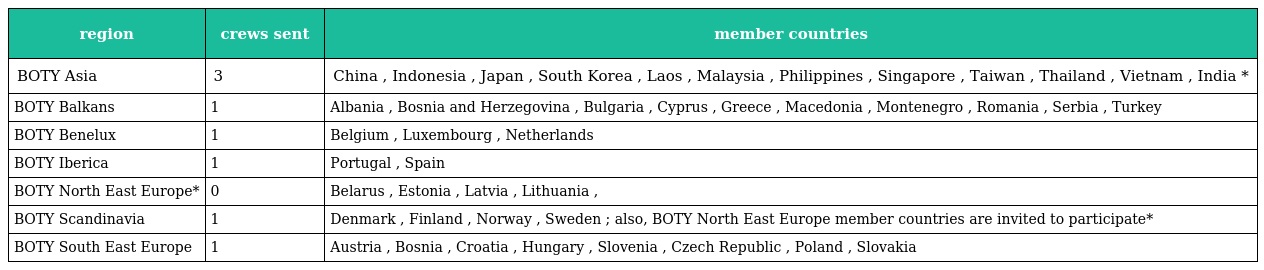
| region | crews sent | member countries |
 | --- | --- | --- |
 | BOTY Asia | 3 | China , Indonesia , Japan , South Korea , Laos , Malaysia , Philippines , Singapore , Taiwan , Thailand , Vietnam , India * |
 | BOTY Balkans | 1 | Albania , Bosnia and Herzegovina , Bulgaria , Cyprus , Greece , Macedonia , Montenegro , Romania , Serbia , Turkey |
 | BOTY Benelux | 1 | Belgium , Luxembourg , Netherlands |
 | BOTY Iberica | 1 | Portugal , Spain |
 | BOTY North East Europe* | 0 | Belarus , Estonia , Latvia , Lithuania , |
 | BOTY Scandinavia | 1 | Denmark , Finland , Norway , Sweden ; also, BOTY North East Europe member countries are invited to participate* |
 | BOTY South East Europe | 1 | Austria , Bosnia , Croatia , Hungary , Slovenia , Czech Republic , Poland , Slovakia |